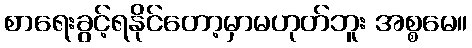
စာရေးခွင့်ရနိုင်တော့မှာမဟုတ်ဘူး အစ္စမေ။